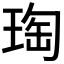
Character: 𭹟